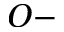
O -